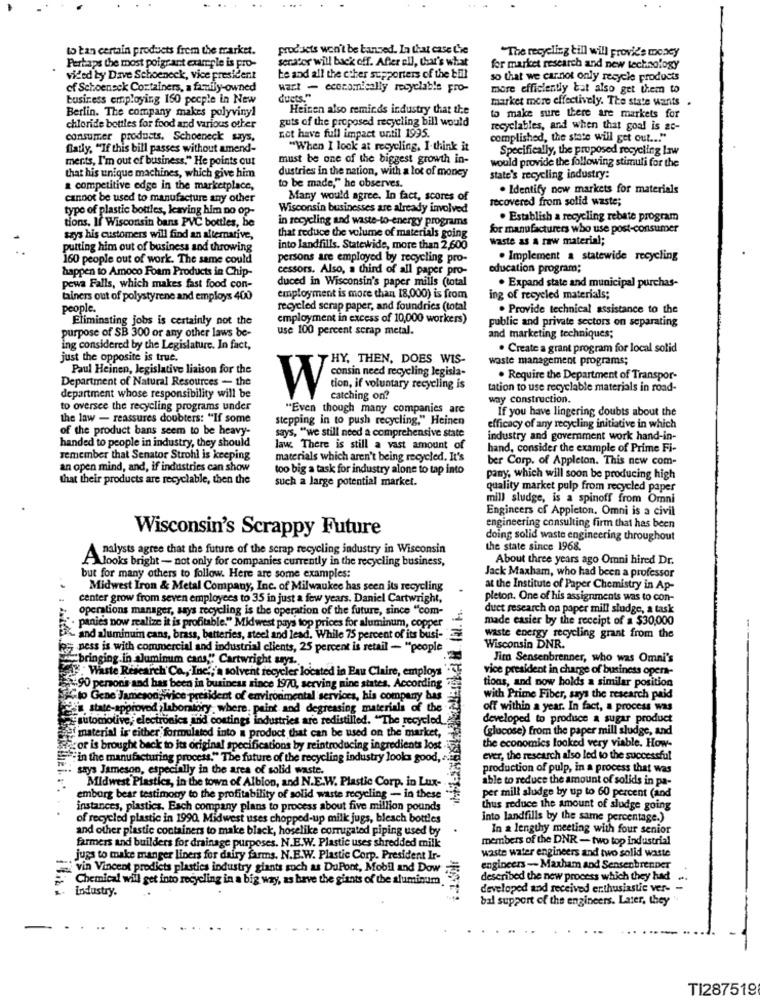
to tan certain products from the market.
products won't be banned. In that case Che
"The recycling till will provide money
Perhaps the most poigrant example is pro-
senator will back off. After ell, that's what
for market research and new technology
viled by Dave Schoeneck, vice president
Le and all the ccher supporters of the bill
so that we carnot only recycle products
of Schoeneck Containers, a family-owned
wart - economically recyclable pro-
more efficiently bot also get them to
business employing 160 pocple in New
duets."
market more effectively. The state wants .
Berlin. The company makes polyvinyl
Heinen also reminds industry that the
guts of the proposed recycling bill would
to make sure there are markets for
chloride bottles for food and various other
not have full impact until 1995.
recyclables, and when that goal is ac-
consumer products. Schoeneck says,
complished, the state will get out ... "
flatly. "If this bill passes without amend-
"When I look at recycling, I think it
Specifically, the proposed recycling law
merts, I'm out of business," He points out
must be one of the biggest growth in-
would provide the following stimuli for the
that his unique machines, which give him
dustries in the nation, with a lot of money
state's recycling industry:
a competitive edge in the marketplace,
to be made," he observes.
. Identify new markets for materials
cannot be used to manufacture any other
Many would agree. In fact, scores of
recovered from solid waste;
type of plastic bottles, kaving him no op-
Wisconsin businesses are already involved
tions. If Wisconsin bans PVC bottles, be
in recycling and waste-to-energy programs
. Establish a recycling rebate program
for manufacturers who use post-consumer
szys his customers will find an alternative,
that reduce the volume of materials going
waste as a raw material;
putting him out of business and throwing
into landfills. Statewide, more than 2,600
160 people out of work. The same could
persons are employed by recycling pro-
. Implement a statewide recycling
happen to Amoco Foam Products in Chip-
cessors. Also, a third of all paper pro-
education program;
duced in Wisconsin's paper mills (total
powa Falls, which makes fast food con-
. Expand state and municipal purchas-
tainers out of polystyrene and employs 400
employment is more than 18,000) is from
ing of recycled materials;
people.
recycled scrap paper, and foundries (total
. Provide technical assistance to the
Eliminating jobs is certainly not the
employment in excess of 10,000 workers)
public and private sectors on separating
purpose of SB 300 or any other laws be-
use 100 percent scrap metal.
and marketing techniques;
ing considered by the Legislature. In fact,
. Create a grant program for local solid
just the opposite is true.
HY, THEN, DOES WIS-
waste management programs;
Paul Heinen, legislative liaison for the
Department of Natural Resources - the
. Require the Department of Transpor-
W consin need recycling legisla.
tion, if voluntary recycling is
tation to use recyclable materials in road-
department whose responsibility will be
catching on?
way construction.
to oversee the recycling programs under
"Even though many companies are
If you have lingering doubts about the
the law - reassures doubters: "If some
stepping in to push recycling," Heinen
of the product bans seem to be heavy-
efficacy of any recycling initiative in which
handed to people in industry, they should
says, "we still need a comprehensive state
industry and government work hand-in-
law. There is still a vast amount of
hand, consider the example of Prime Fi-
remember that Senator Strohl is keeping
materials which aren't being recycled. It's
ber Corp. of Appleton. This new com-
an open mind, and, if industries can show
too big a task for industry alone to tap into
that their products are recyclable, then the
such a large potential market.
pany, which will soon be producing high
quality market pulp from recycled paper
mill sludge, is a spinoff from Omni
Engineers of Appicton. Omni is a civil
Wisconsin's Scrappy Future
engineering consulting firm that has been
doing solid waste engineering throughout
nalysts agree that the future of the scrap recycling industry in Wisconsin
the state since 1968.
PAlooks bright - not only for companies currently in the recycling business,
About three years ago Omni hired Dr.
but for many others to follow. Here are some examples:
Jack Maxham, who had been a professor
.
Midwest Iron & Metal Company, Inc. of Milwaukee has seen its recycling
at the Institute of Paper Chemistry in Ap-
center grow from seven employees to 35 in just a few years. Daniel Cartwright,
pleton. One of his assignments was to con-
operations manager, says recycling is the operation of the future, since "com-
duct research on paper mill sludge, a task
made easier by the receipt of a $30,000
" panies now realize it is profitable." Midwest pays top prices for aluminum, copper
and aluminumn cans, brass, batteries, steel and lead, While 75 percent of its busi-
waste energy recycling grant from the
le-pess is with commercial and industrial clients, 25 percent is retail - "people
Wisconsin DNR.
bringing in aluminum cans," Cartwright sys.
Jim Sensenbrenner, who was Omni's
Waste Research Co ., Ine','a solvent recycler located in Eau Claire, employs
vice president in charge of business opera-
tions, and now holds a similar position
90 persons and has been in business since 1970, serving nine states. According
Cto Gene Jameson;Wice president of environmental services, his company has
with Prime Fiber, says the research paid
is state-approved laboratory, where, paint and degreasing materials of the
off within a year. In fact, a process was
automotive, electronics and coatings industries are redistilled. "The recycled
developed to produce a sugar product
(glucose) from the paper mill sludge, and
material is either formulated into a product that can be used on the market,
cor is brought back to its original specifications by reintroducing ingredients lost
the economics looked very viable. How-
"in the manufacturing process." The future of the recycling industry looks good, .
ever, the research also led to the successful
" says Jameson, especially in the area of solid waste.
production of pulp, in a process that was
Midwest Plastics, in the town of Albion, and N.E.W. Plastic Corp. in Lux-
able to reduce the amount of solids in pa-
emborg bear testimony to the profitability of solid waste recycling - in these
per mill sludge by up to 60 percent (and
instances, plastics. Esch company plans to process about five million pounds
thus reduce the amount of sludge going
of recycled plastic in 1990. Midwest uses chopped-up milk jugs, bleach bottles
into landfills by the same percentage.)
and other plastic containers to make black, hoselike corrugated piping used by
In a lengthy meeting with four senior
farmers and builders for drainage purposes. N.E.W. Plastic uses shredded milk
members of the DNR - two top industrial
waste water engineers and two solid waste
juns to make manger liners for dairy farms. N.E.W. Plastic Corp. President Ir-
vin Vincent prodicts plastics industry giants such as DuPont, Mobil and Dow;
engineers -- Maxham and Sensenbrenner
Chemical will get into recycling in a big way, as have the giants of the aluminum
described the new process which they had ...
Industry.
developed and received enthusiastic ver- -
bal support of the engineers. Later, they
TI287519